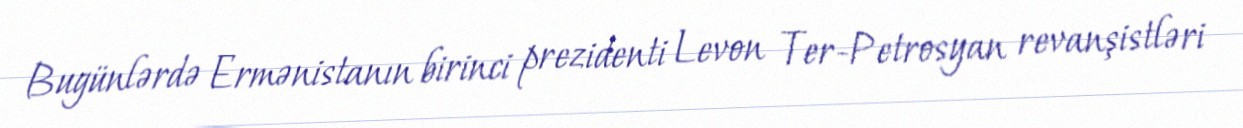
Bugünlərdə Ermənistanın birinci prezidenti Levon Ter-Petrosyan revanşistləri